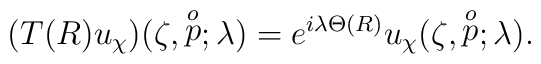
(T(R)u_\chi)(\zeta,\stackrel {o} {p};\lambda)  =  e^{i\lambda\Theta(R)}u_\chi(\zeta,\stackrel {o} {p};\lambda).